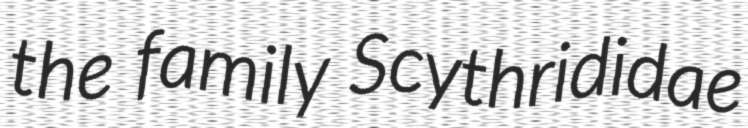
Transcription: the family Scythrididae